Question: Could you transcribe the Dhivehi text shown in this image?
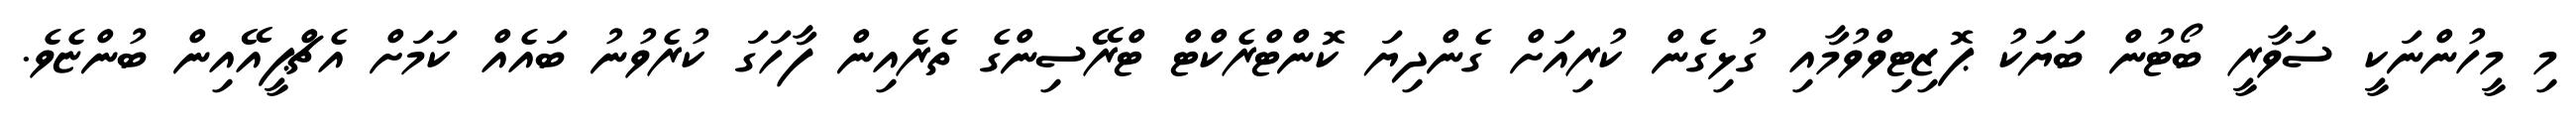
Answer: މި މީހުންނަކީ ސަވާރީ ބޯޓުން ބަޔަކު ޕޮޒިޓިވްވުމާއި ގުޅިގެން ކުރިއަށް ގެންދިޔަ ކޮންޓްރެކްޓް ޓްރޭސިންގެ ތެރެއިން ފާހަގަ ކުރެވުނު ބައެއް ކަމަށް އެޗްޕީއޭއިން ބުންޏެވެ.